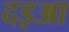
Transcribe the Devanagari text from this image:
दइआ